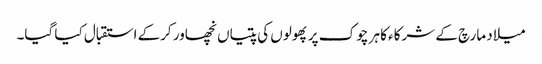
میلاد مارچ کے شرکاء کا ہر چوک پر پھولوں کی پتیاں نچھاور کرکے استقبال کیا گیا۔